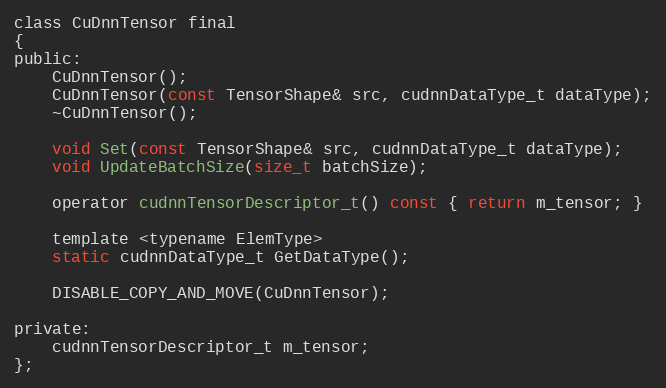
Language: C
class CuDnnTensor final
{
public:
    CuDnnTensor();
    CuDnnTensor(const TensorShape& src, cudnnDataType_t dataType);
    ~CuDnnTensor();

    void Set(const TensorShape& src, cudnnDataType_t dataType);
    void UpdateBatchSize(size_t batchSize);

    operator cudnnTensorDescriptor_t() const { return m_tensor; }

    template <typename ElemType>
    static cudnnDataType_t GetDataType();

    DISABLE_COPY_AND_MOVE(CuDnnTensor);

private:
    cudnnTensorDescriptor_t m_tensor;
};